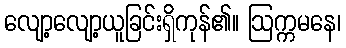
လျော့လျော့ယူခြင်းရှိကုန်၏။ ဩက္ကမနေ၊